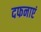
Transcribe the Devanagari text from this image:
दफनाएं